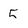
Character: 5